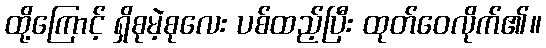
ထို့ကြောင့် ရှိစုမဲ့စုလေး ပစ်ထည့်ပြီး ထုတ်ဝေလိုက်၏။